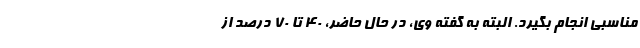
مناسبی انجام بگیرد. البته به گفته وی، در حال حاضر، ۴۰ تا ۷۰ درصد از